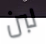
لبن